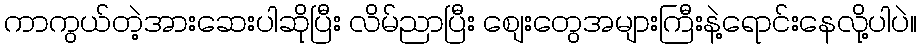
ကာကွယ်တဲ့အားဆေးပါဆိုပြီး လိမ်ညာပြီး စျေးတွေအများကြီးနဲ့ရောင်းနေလို့ပါပဲ။